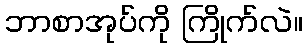
ဘာစာအုပ်ကို ကြိုက်လဲ။